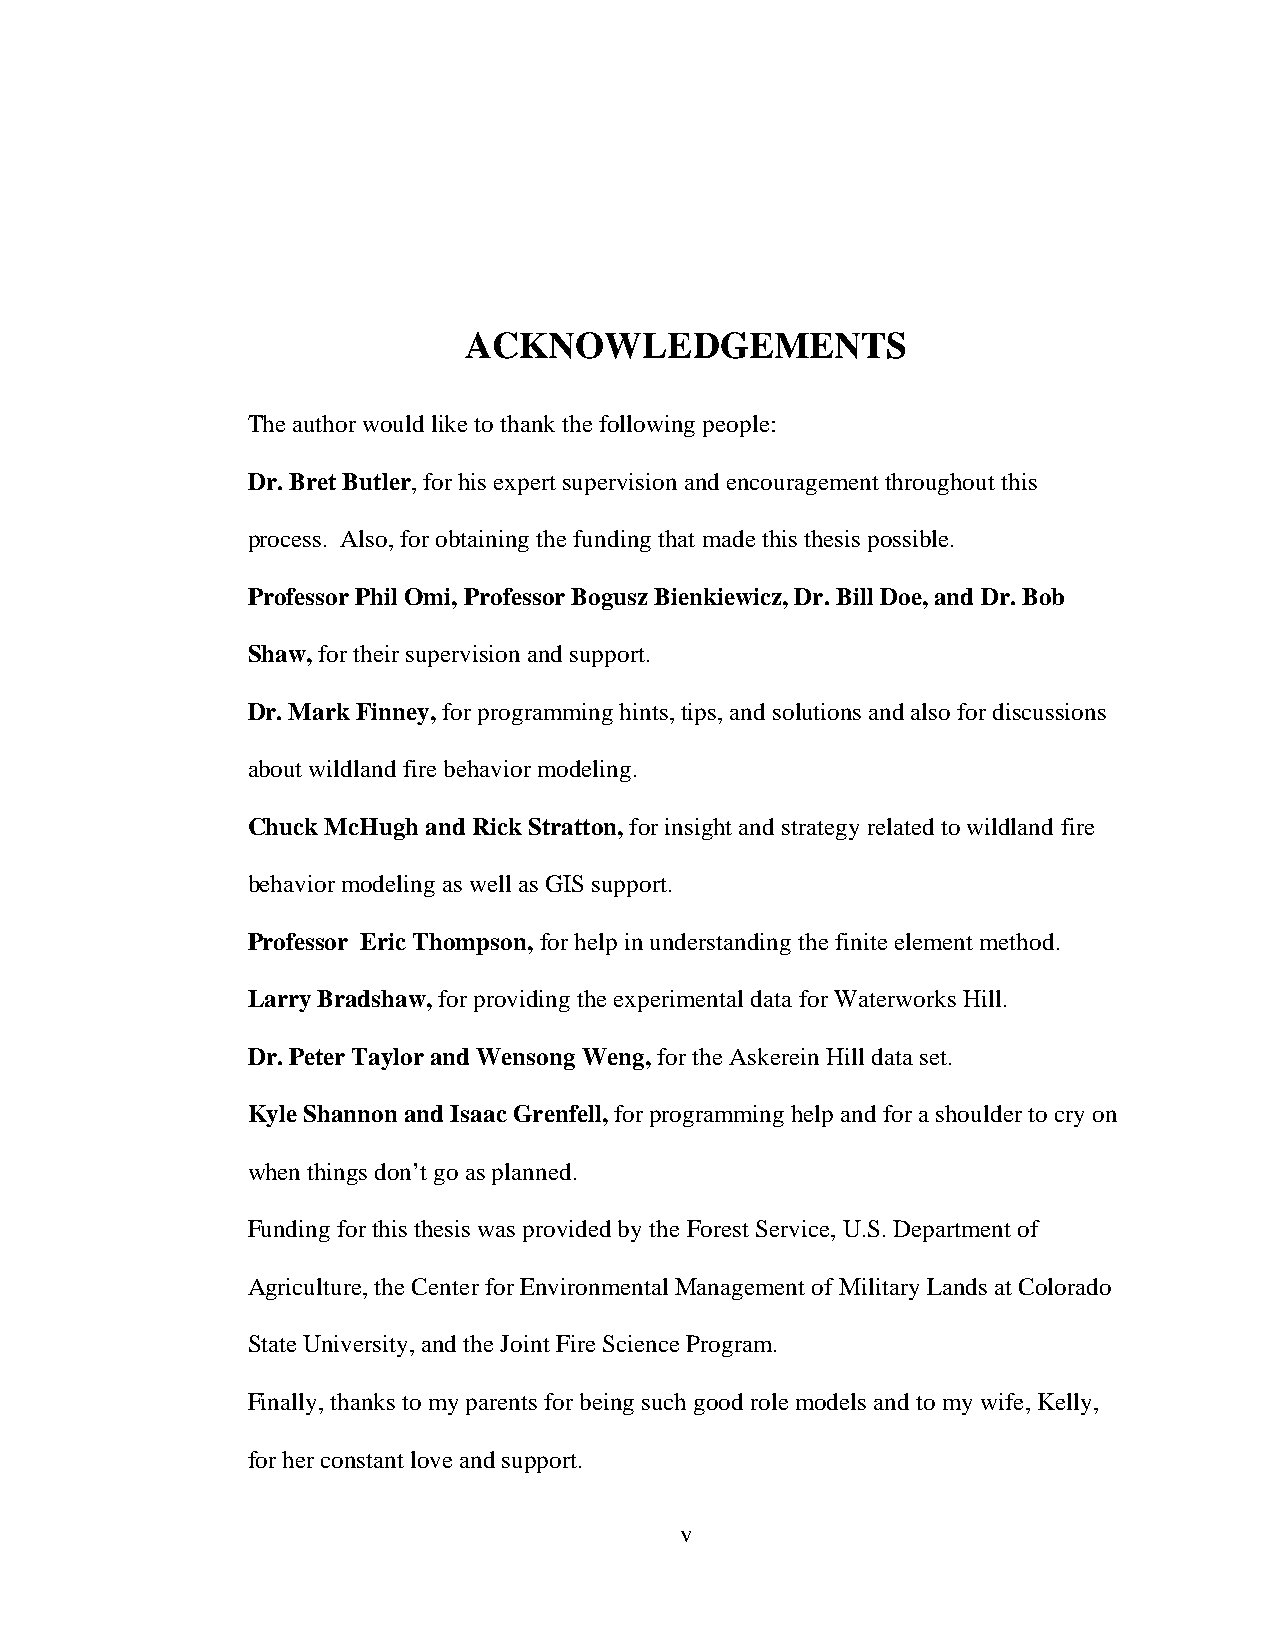
ACKNOWLEDGEMENTS
 The author would like to thank the following people:
 Dr. Bret Butler, for his expert supervision and encouragement throughout this
 process. Also, for obtaining the funding that made this thesis possible.
 Professor Phil Omi, Professor Bogusz Bienkiewicz, Dr. Bill Doe, and Dr. Bob
 Shaw, for their supervision and support.
 Dr. Mark Finney, for programming hints, tips, and solutions and also for discussions
 about wildland fire behavior modeling.
 Chuck McHugh and Rick Stratton, for insight and strategy related to wildland fire
 behavior modeling as well as GIS support.
 Professor Eric Thompson, for help in understanding the finite element method.
 Larry Bradshaw, for providing the experimental data for Waterworks Hill.
 Dr. Peter Taylor and Wensong Weng, for the Askerein Hill data set.
 Kyle Shannon and Isaac Grenfell, for programming help and for a shoulder to cry on
 when things don’t go as planned.
 Funding for this thesis was provided by the Forest Service, U.S. Department of
 Agriculture, the Center for Environmental Management of Military Lands at Colorado
 State University, and the Joint Fire Science Program.
 Finally, thanks to my parents for being such good role models and to my wife, Kelly,
 for her constant love and support.
 v